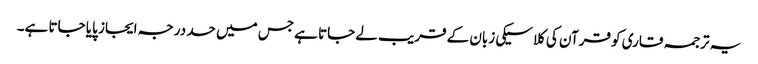
یہ ترجمہ قاری کو قرآن کی کلاسیکی زبان کے قریب لے جاتا ہے جس میں حد درجہ ایجاز پایا جاتا ہے۔